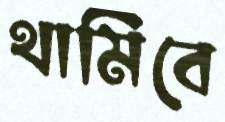
থামিবে